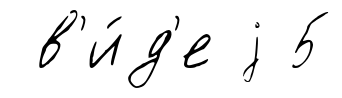
в'и́д'е j 5